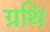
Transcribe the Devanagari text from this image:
ग्रथि